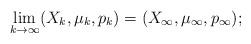
LaTeX: \begin{align*} \begin{aligned} \lim_{k\to\infty}(X_k,\mu_k,p_k)&=(X_\infty,\mu_\infty,p_\infty); \end{aligned} \end{align*}